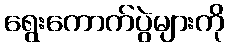
ရွေးကောက်ပွဲများကို